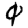
Digit: 0